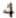
4